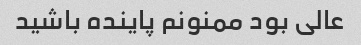
عالی بود ممنونم پاینده باشید